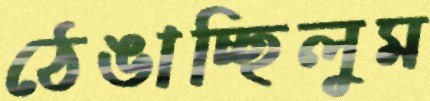
ঠেঙাচ্ছিলুম